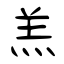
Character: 羔